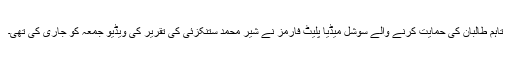
تاہم طالبان کی حمایت کرنے والے سوشل میڈیا پلیٹ فارمز نے شیر محمد ستنکزئی کی تقریر کی ویڈیو جمعہ کو جاری کی تھی۔